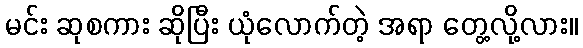
မင်း ဆုစကား ဆိုပြီး ယုံလောက်တဲ့ အရာ တွေ့လို့လား။